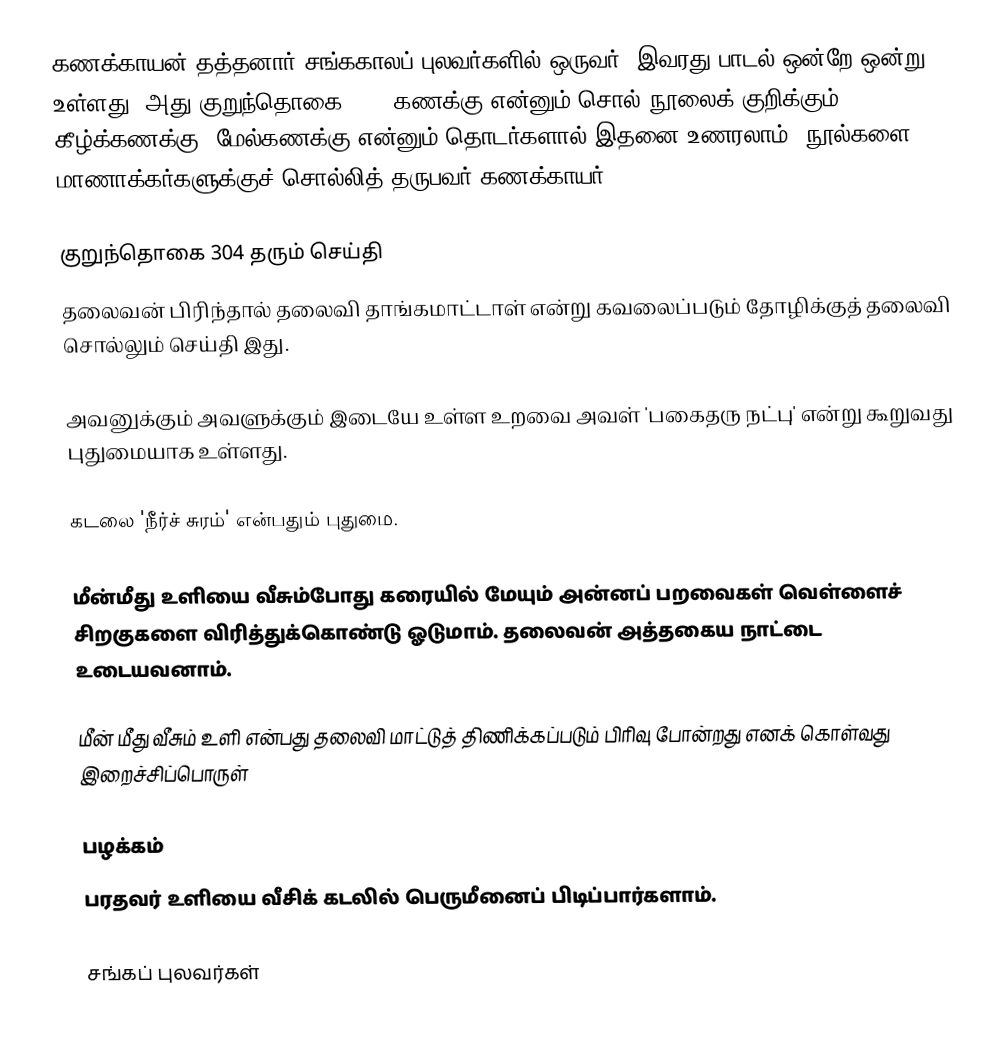
கணக்காயன் தத்தனார் சங்ககாலப் புலவர்களில் ஒருவர். இவரது பாடல் ஒன்றே ஒன்று உள்ளது. அது குறுந்தொகை 304. கணக்கு என்னும் சொல் நூலைக் குறிக்கும். கீழ்க்கணக்கு, மேல்கணக்கு என்னும் தொடர்களால் இதனை உணரலாம். நூல்களை மாணாக்கர்களுக்குச் சொல்லித் தருபவர் கணக்காயர்.

குறுந்தொகை 304 தரும் செய்தி
தலைவன் பிரிந்தால் தலைவி தாங்கமாட்டாள் என்று கவலைப்படும் தோழிக்குத் தலைவி சொல்லும் செய்தி இது.

அவனுக்கும் அவளுக்கும் இடையே உள்ள உறவை அவள் 'பகைதரு நட்பு' என்று கூறுவது புதுமையாக உள்ளது.

கடலை 'நீர்ச் சுரம்' என்பதும் புதுமை.

மீன்மீது உளியை வீசும்போது கரையில் மேயும் அன்னப் பறவைகள் வெள்ளைச் சிறகுகளை விரித்துக்கொண்டு ஓடுமாம். தலைவன் அத்தகைய நாட்டை உடையவனாம்.

மீன் மீது வீசும் உளி என்பது தலைவி மாட்டுத் திணிக்கப்படும் பிரிவு போன்றது எனக் கொள்வது இறைச்சிப்பொருள்

பழக்கம்
பரதவர் உளியை வீசிக் கடலில் பெருமீனைப் பிடிப்பார்களாம்.

சங்கப் புலவர்கள்